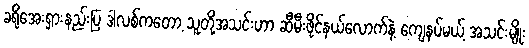
ခရိုအေးရှားနည်းပြ ဒါလစ်ကတော့ သူတို့အသင်းဟာ ဆီမီးဖိုင်နယ်လောက်နဲ့ ကျေနပ်မယ့် အသင်းမျိုး